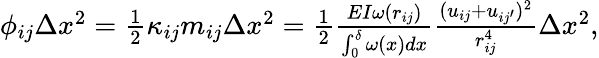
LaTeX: \begin{array}{r}{\phi_{ij}\Delta x^{2}=\frac 12\kappa_{ij}m_{ij}\Delta x^{2}=\frac 12\frac{EI\omega(r_{ij})}{\int_{0}^{\delta}\omega(x)dx}\frac{(u_{ij}+u_{ij^{\prime}})^{2}}{r_{ij}^{4}}\Delta x^{2},}\end{array}